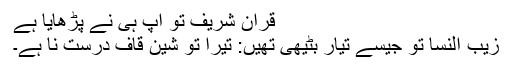
قرآن شریف تو آپ ہی نے پڑھایا ہے
زیب النسا تو جیسے تیار بٹیھی تھیں: تیرا تو شین قاف درست نا ہے۔